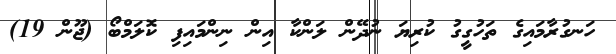
ހަނގުރާމައިގެ ތަހުގީގު ކުރިޔަ ނުދޭން ލަންކާ އިން ނިންމައިފި ކޮލަމްބޯ (ޖޫން 19)